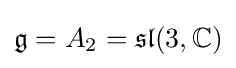
{\mathfrak {g}}=A_{2}={\mathfrak {sl}}(3,\mathbb {C} )